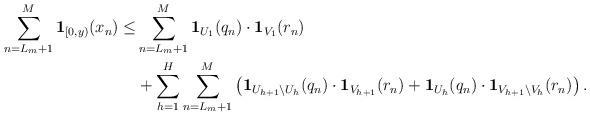
LaTeX: \begin{align*} \begin{aligned} \sum_{n=L_m+1}^M\mathbf{1}_{[0,y)}(x_n)\leq & \sum_{n=L_m+1}^M\mathbf{1}_{U_1}(q_n)\cdot \mathbf{1}_{V_1}(r_n)\\ & +\sum_{h=1}^{H}\sum_{n=L_m+1}^M\left(\mathbf{1}_{U_{h+1}\backslash U_h}(q_n)\cdot \mathbf{1}_{V_{h+1}}(r_n)+\mathbf{1}_{U_h}(q_n)\cdot \mathbf{1}_{V_{h+1}\backslash V_h}(r_n)\right). \end{aligned}\end{align*}